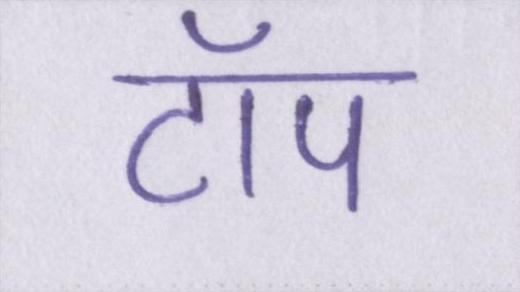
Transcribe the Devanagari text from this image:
टॉप